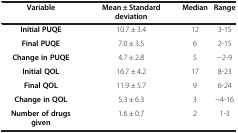
<table><thead><tr><td><b>Variable</b></td><td><b>Mean ± Standard deviation</b></td><td><b>Median</b></td><td><b>Range</b></td></tr></thead><tbody><tr><td><b>Initial PUQE</b></td><td>10.7 ± 3.4</td><td>12</td><td>3-15</td></tr><tr><td><b>Final PUQE</b></td><td>7.0 ± 3.5</td><td>6</td><td>2-15</td></tr><tr><td><b>Change in PUQE</b></td><td>4.7 ± 2.8</td><td>5</td><td>−2-9</td></tr><tr><td><b>Initial QOL</b></td><td>16.7 ± 4.2</td><td>17</td><td>8-23</td></tr><tr><td><b>Final QOL</b></td><td>11.9 ± 5.7</td><td>9</td><td>6-24</td></tr><tr><td><b>Change in QOL</b></td><td>5.3 ± 6.3</td><td>3</td><td>−4-16</td></tr><tr><td><b>Number of drugs given</b></td><td>1.6 ± 0.7</td><td>2</td><td>1-3</td></tr></tbody></table>